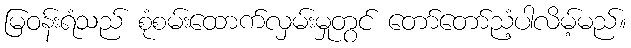
မြဝန်းရံသည် စုံစမ်းထောက်လှမ်းမှုတွင် တော်တော်ညံ့ပါလိမ့်မည်။